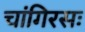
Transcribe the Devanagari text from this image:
चांगिरसः